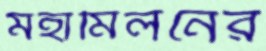
মহামিলনের